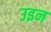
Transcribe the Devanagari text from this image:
उइन